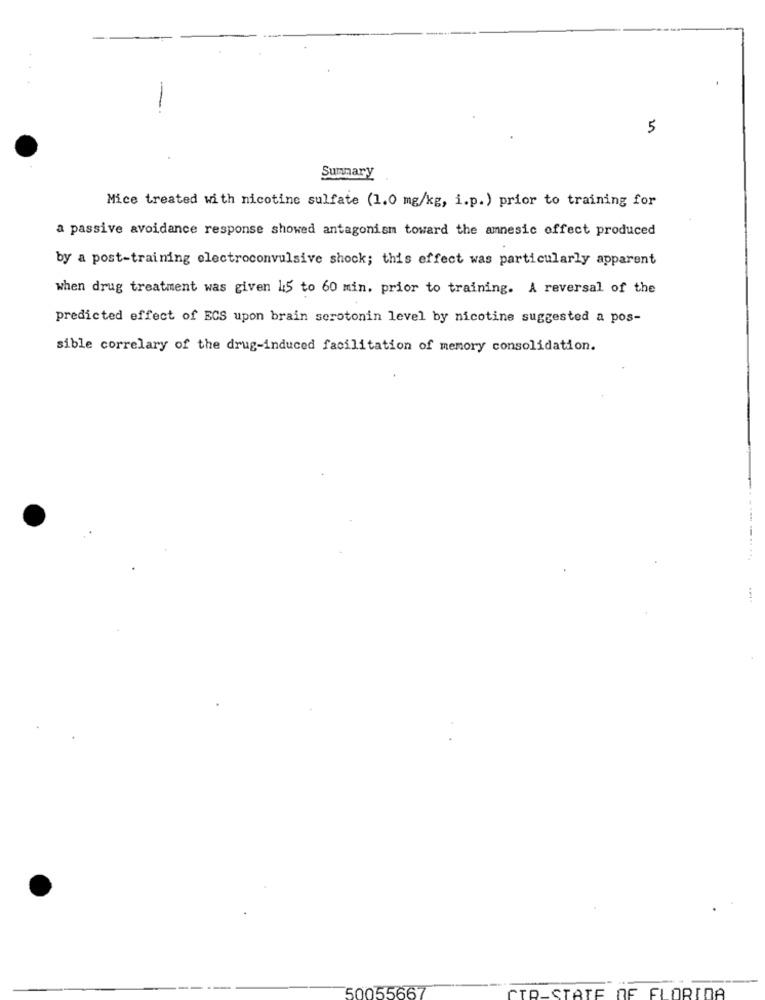
5
Summary
Mice treated with nicotine sulfate (1.0 mg/kg, i.p.) prior to training for
a passive avoidance response showed antagonism toward the amnesic effect produced
by a post-training electroconvulsive shock; this effect was particularly apparent
when drug treatment was given 15 to 60 min. prior to training. A reversal of the
predicted effect of ECS upon brain serotonin level by nicotine suggested a pos-
sible correlary of the drug-induced facilitation of memory consolidation.
5005566
CIR-STATE OF
FLORIDA